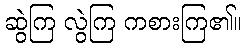
ဆွဲကြ လွဲကြ ကစားကြ၏။